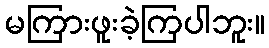
မကြားဖူးခဲ့ကြပါဘူး။